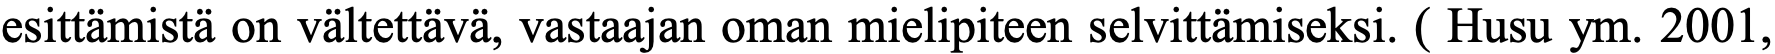
esittämistä on vältettävä, vastaajan oman mielipiteen selvittämiseksi. ( Husu ym. 2001,